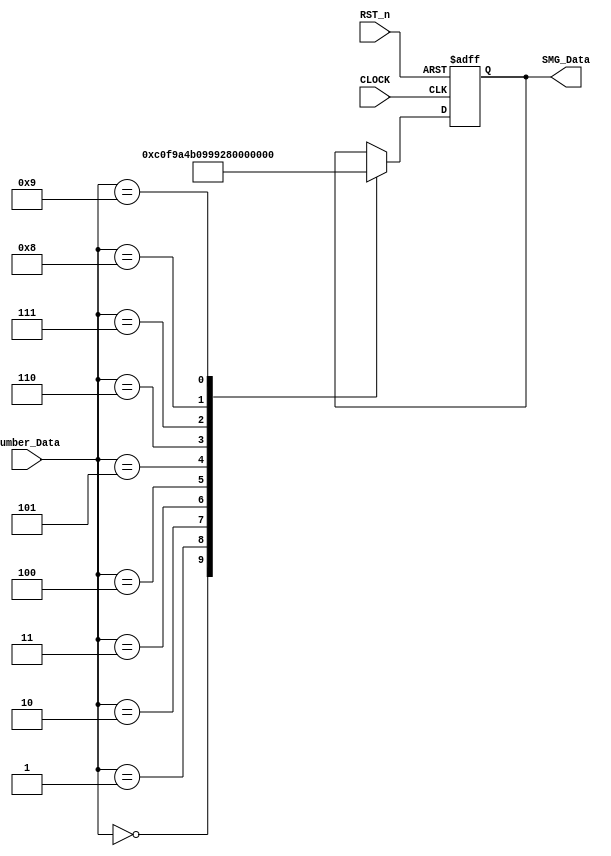
//***************************************//
//# @Author: 
//# @Date:   2019-05-18 23:59:39
//# @Last Modified by:   zlk
//# @Last Modified time: 2019-05-19 01:27:10
//****************************************//
module smg_encode_module
(
	 input CLOCK,
	 input RST_n,
	 input [3:0]Number_Data,
	 output [7:0]SMG_Data
);

	 /***************************************/
	 
	 parameter _0 = 8'b1100_0000, _1 = 8'b1111_1001, _2 = 8'b1010_0100, 
	           _3 = 8'b1011_0000, _4 = 8'b1001_1001, _5 = 8'b1001_0010, 
				  _6 = 8'b1000_0010, _7 = 8'b1111_1000, _8 = 8'b1000_0000,
				  _9 = 8'b1001_0000;
	 
	 /***************************************/
	 
	 reg [7:0]rSMG;

	 always @ ( posedge CLOCK or negedge RST_n )
	     if( !RST_n )
		      begin
				    rSMG <= 8'b1111_1111;
				end
        else 
		       case( Number_Data )
		           
					  4'd0 : rSMG <= _0;
					  4'd1 : rSMG <= _1;
					  4'd2 : rSMG <= _2;
					  4'd3 : rSMG <= _3;
					  4'd4 : rSMG <= _4;
					  4'd5 : rSMG <= _5;
					  4'd6 : rSMG <= _6;
					  4'd7 : rSMG <= _7;
					  4'd8 : rSMG <= _8;
					  4'd9 : rSMG <= _9;
					  
				 endcase
		      
	 /***************************************/
	 
	 assign SMG_Data = rSMG;
	 
	 /***************************************/
			  
endmodule